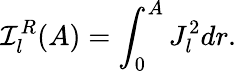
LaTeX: \mathcal{I}_{l}^{R}(A)=\int_{0}^{A}J_{l}^{2}dr.